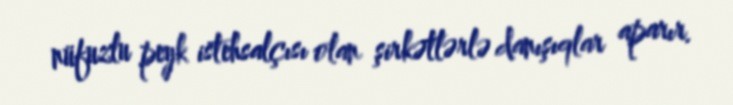
nüfuzlu peyk istehsalçısı olan şirkətlərlə danışıqlar aparır.